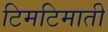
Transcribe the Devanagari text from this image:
टिमटिमाती